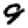
Digit: 9